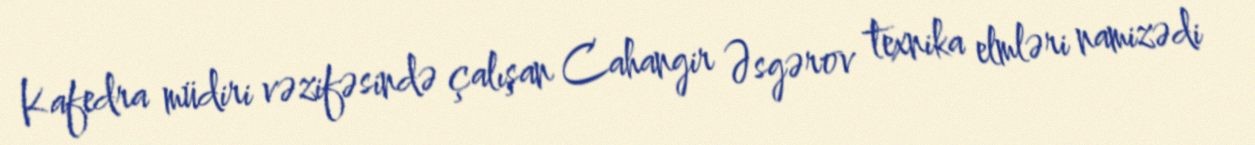
Kafedra müdiri vəzifəsində çalışan Cahangir Əsgərov texnika elmləri namizədi